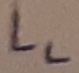
Text: LL